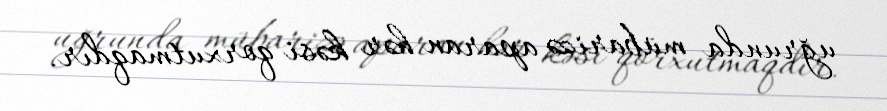
uğrunda mübarizə aparan hər kəsi qorxutmaqdır.